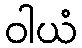
ဝါယံ